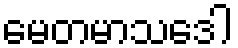
မေတမာသဒေါ